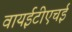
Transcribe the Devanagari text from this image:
वायईटीएचई